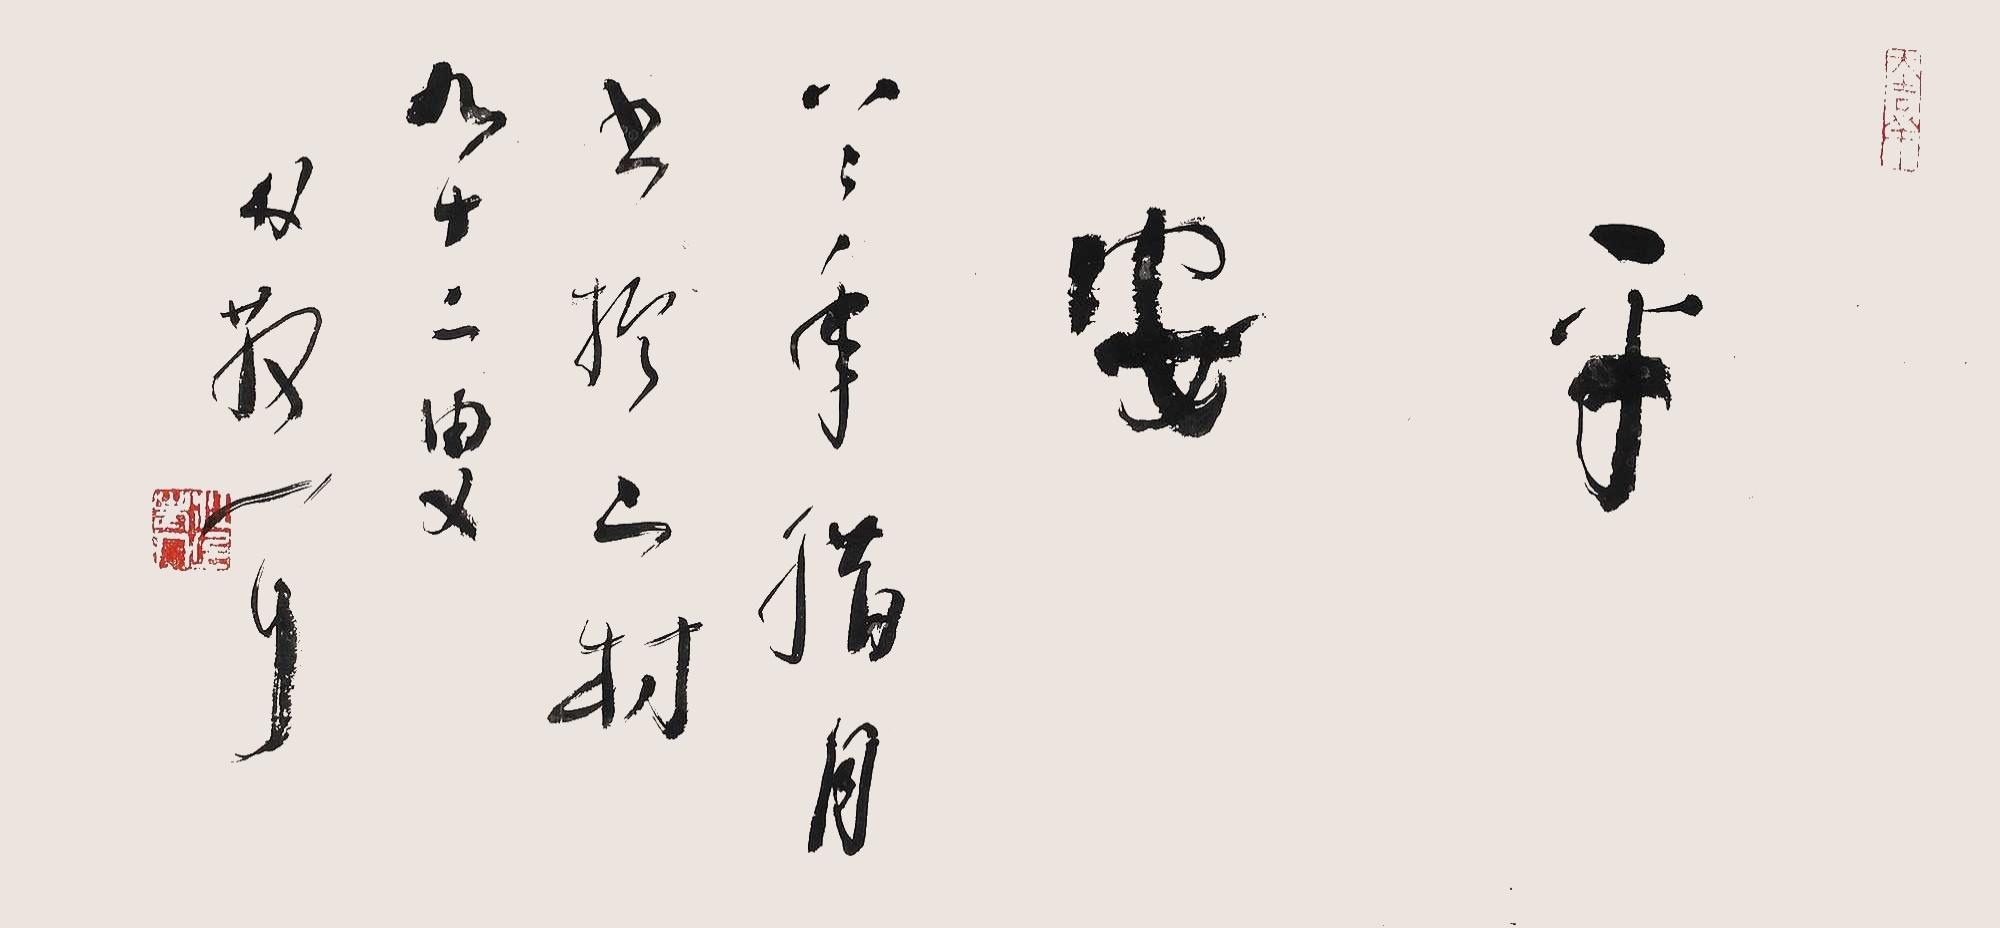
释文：平安。八二年腊月书于二村，九十二叟林散耳。